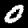
Label: 0